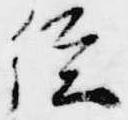
経